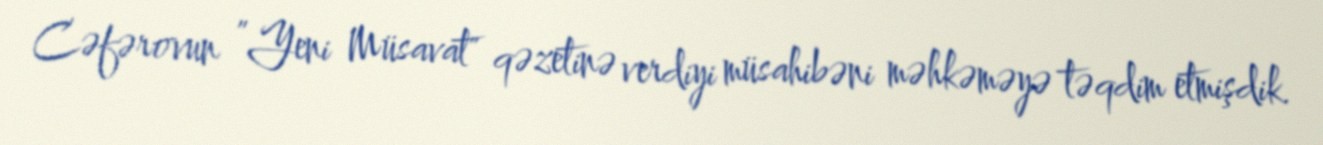
Cəfərovun ”Yeni Müsavat" qəzetinə verdiyi müsahibəni məhkəməyə təqdim etmişdik.